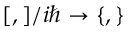
[ , ] / i \hbar \rightarrow \left\{ , \right\}